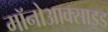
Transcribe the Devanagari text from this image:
मॉनोआक्साइड